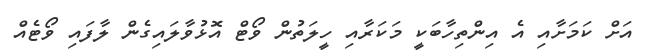
އަށް ކަމަށާއި އެ އިންތިހާބަކީ މަކަރާއި ހީލަތުން ވޯޓް އޮޅުވާލައިގެން ލާފައި ވޯޓެއް